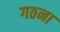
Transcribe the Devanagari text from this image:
गठना